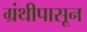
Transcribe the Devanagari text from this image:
ग्रंथीपासून